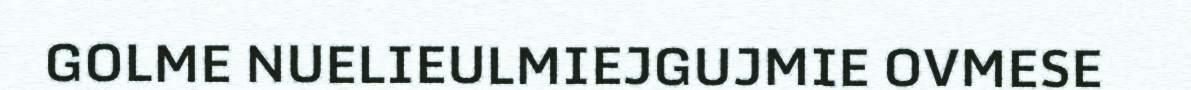
GOLME NUELIEULMIEJGUJMIE OVMESE